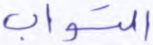
التواب